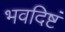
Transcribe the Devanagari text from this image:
भवदिष्टं